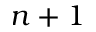
n + 1